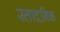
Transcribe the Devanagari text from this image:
स्तादनिक